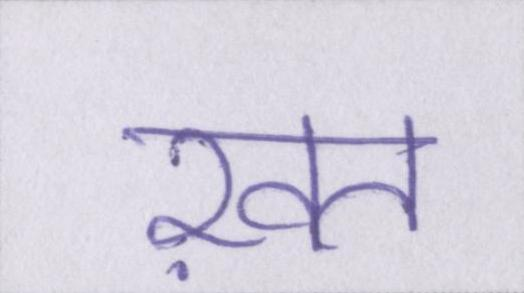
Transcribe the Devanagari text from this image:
ख़त